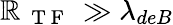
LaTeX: \mathbb{R}_{\mathrm{{~{~T~F~}~}}}\gg\lambda_{deB}